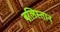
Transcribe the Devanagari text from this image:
बलिस्तान